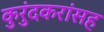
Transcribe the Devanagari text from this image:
कुरुंदकरांसह